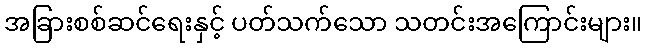
အခြားစစ်ဆင်ရေးနှင့် ပတ်သက်သော သတင်းအကြောင်းများ။